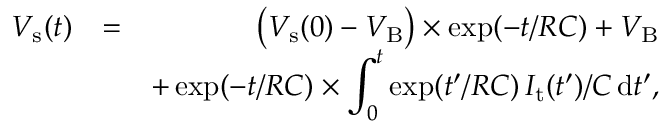
\begin{array} { r l r } { V _ { \mathrm { s } } ( t ) } & { = } & { \big ( V _ { \mathrm { s } } ( 0 ) - V _ { \mathrm { B } } \big ) \times \exp ( - t / R C ) + V _ { \mathrm { B } } } \\ & { } & { + \exp ( - t / R C ) \times \displaystyle \int _ { 0 } ^ { t } \exp ( t ^ { \prime } / R C ) \, I _ { \mathrm { t } } ( t ^ { \prime } ) / C \, \mathrm { d } t ^ { \prime } , } \end{array}